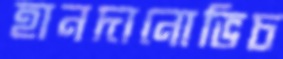
হানদানোভিচ